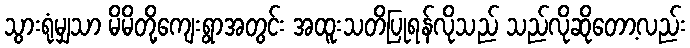
သွားရုံမျှသာ မိမိတို့ကျေးရွာအတွင်း အထူးသတိပြုရန်လိုသည် သည်လိုဆိုတော့လည်း